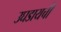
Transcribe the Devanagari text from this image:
उघडायची